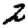
Digit: 2